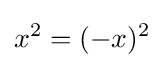
x^{2}=(-x)^{2}